Civil Veterinary Dept. Assam report 1911-1927 - 1911-1927
Year: 1911
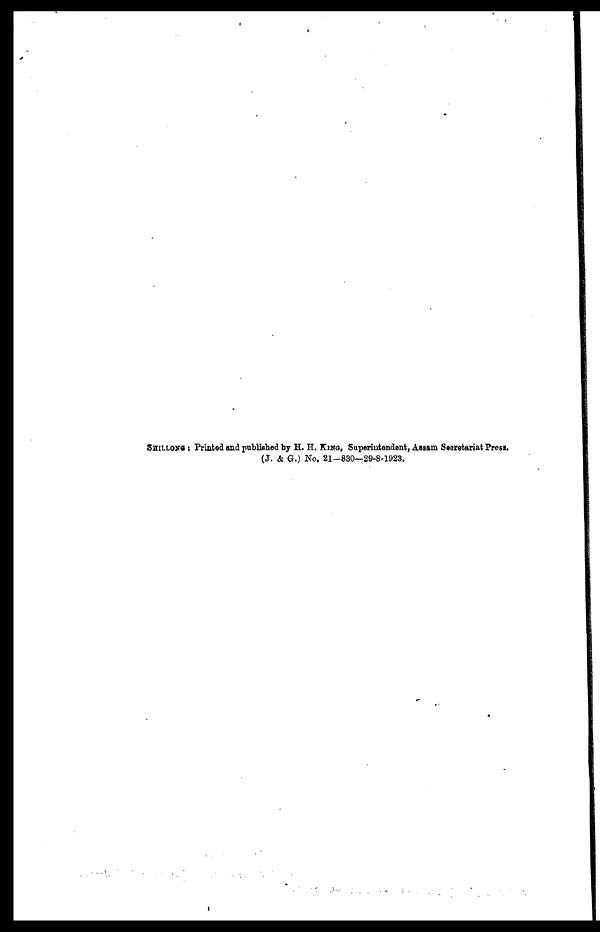
SHILLONG: Printed and published by H. H. KING, Superintendent, Assam Secretariat Press.
(J. & G.) No. 21-830—29-8-1923.